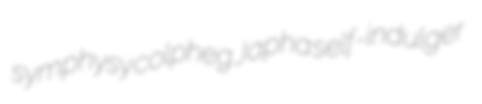
symphysy colpheg Japha self-indulger